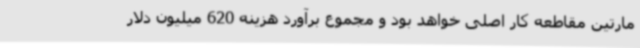
مارتین مقاطعه کار اصلی خواهد بود و مجموع برآورد هزینه 620 میلیون دلار